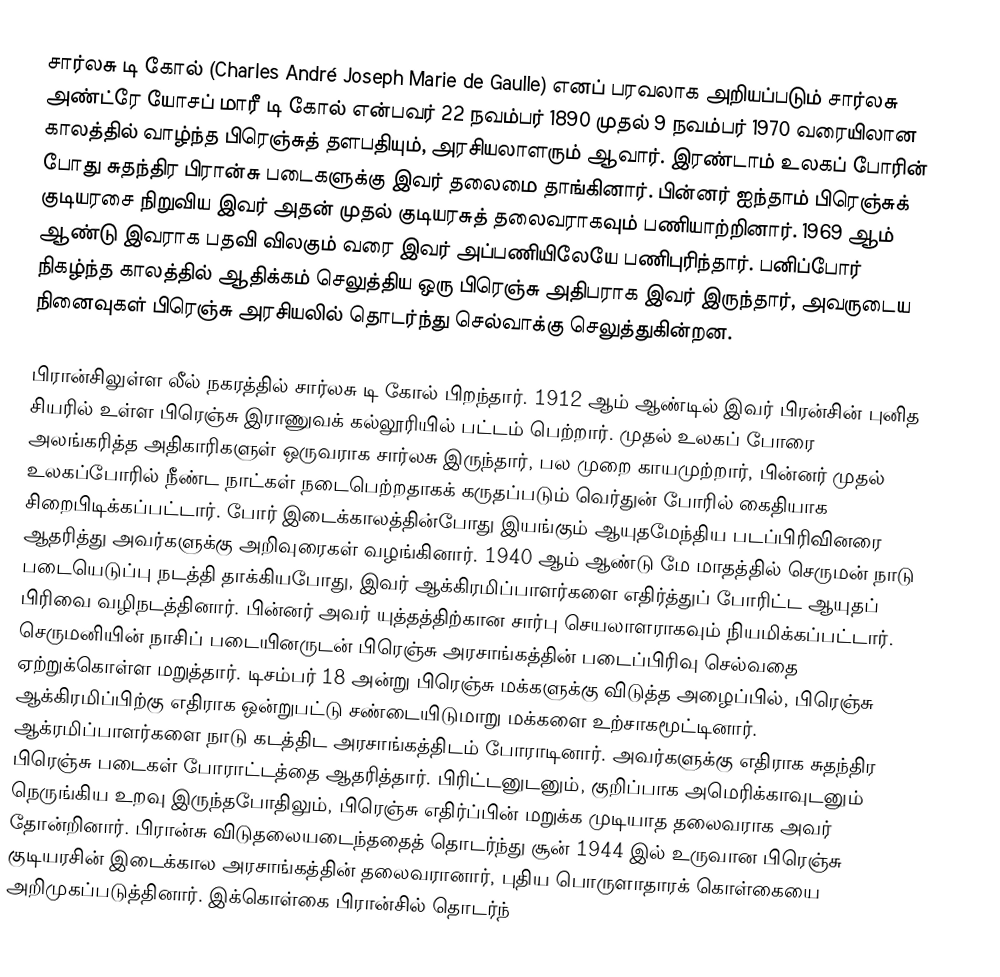
சார்லசு டி கோல் (Charles André Joseph Marie de Gaulle) எனப் பரவலாக அறியப்படும் சார்லசு அண்ட்ரே யோசப் மாரீ டி கோல் என்பவர் 22 நவம்பர் 1890 முதல் 9 நவம்பர் 1970 வரையிலான காலத்தில் வாழ்ந்த பிரெஞ்சுத் தளபதியும், அரசியலாளரும் ஆவார். இரண்டாம் உலகப் போரின் போது சுதந்திர பிரான்சு படைகளுக்கு இவர் தலைமை தாங்கினார். பின்னர் ஐந்தாம் பிரெஞ்சுக் குடியரசை நிறுவிய இவர் அதன் முதல் குடியரசுத் தலைவராகவும் பணியாற்றினார்.  1969 ஆம் ஆண்டு இவராக பதவி விலகும் வரை இவர் அப்பணியிலேயே பணிபுரிந்தார். பனிப்போர் நிகழ்ந்த காலத்தில் ஆதிக்கம் செலுத்திய  ஒரு பிரெஞ்சு அதிபராக இவர் இருந்தார், அவருடைய நினைவுகள் பிரெஞ்சு அரசியலில் தொடர்ந்து செல்வாக்கு செலுத்துகின்றன.

பிரான்சிலுள்ள லீல் நகரத்தில் சார்லசு டி கோல் பிறந்தார். 1912 ஆம் ஆண்டில் இவர் பிரன்சின் புனித சியரில் உள்ள பிரெஞ்சு இராணுவக் கல்லூரியில் பட்டம் பெற்றார். முதல் உலகப் போரை அலங்கரித்த அதிகாரிகளுள் ஒருவராக சார்லசு இருந்தார், பல முறை காயமுற்றார், பின்னர் முதல் உலகப்போரில் நீண்ட நாட்கள் நடைபெற்றதாகக் கருதப்படும் வெர்துன் போரில் கைதியாக சிறைபிடிக்கப்பட்டார். போர் இடைக்காலத்தின்போது இயங்கும் ஆயுதமேந்திய படப்பிரிவினரை ஆதரித்து  அவர்களுக்கு அறிவுரைகள் வழங்கினார். 1940 ஆம் ஆண்டு மே மாதத்தில் செருமன் நாடு படையெடுப்பு நடத்தி தாக்கியபோது, இவர் ஆக்கிரமிப்பாளர்களை எதிர்த்துப் போரிட்ட ஆயுதப் பிரிவை வழிநடத்தினார். பின்னர் அவர் யுத்தத்திற்கான சார்பு செயலாளராகவும்  நியமிக்கப்பட்டார். செருமனியின் நாசிப் படையினருடன் பிரெஞ்சு அரசாங்கத்தின் படைப்பிரிவு செல்வதை ஏற்றுக்கொள்ள மறுத்தார். டிசம்பர் 18 அன்று பிரெஞ்சு மக்களுக்கு விடுத்த அழைப்பில், பிரெஞ்சு ஆக்கிரமிப்பிற்கு எதிராக  ஒன்றுபட்டு சண்டையிடுமாறு மக்களை உற்சாகமூட்டினார். ஆக்ரமிப்பாளர்களை நாடு கடத்திட அரசாங்கத்திடம் போராடினார். அவர்களுக்கு எதிராக சுதந்திர பிரெஞ்சு படைகள் போராட்டத்தை ஆதரித்தார். பிரிட்டனுடனும், குறிப்பாக அமெரிக்காவுடனும் நெருங்கிய உறவு இருந்தபோதிலும், பிரெஞ்சு எதிர்ப்பின் மறுக்க முடியாத தலைவராக அவர் தோன்றினார். பிரான்சு விடுதலையடைந்ததைத் தொடர்ந்து சூன் 1944 இல் உருவான பிரெஞ்சு குடியரசின் இடைக்கால அரசாங்கத்தின் தலைவரானார், புதிய பொருளாதாரக் கொள்கையை அறிமுகப்படுத்தினார். இக்கொள்கை பிரான்சில் தொடர்ந்